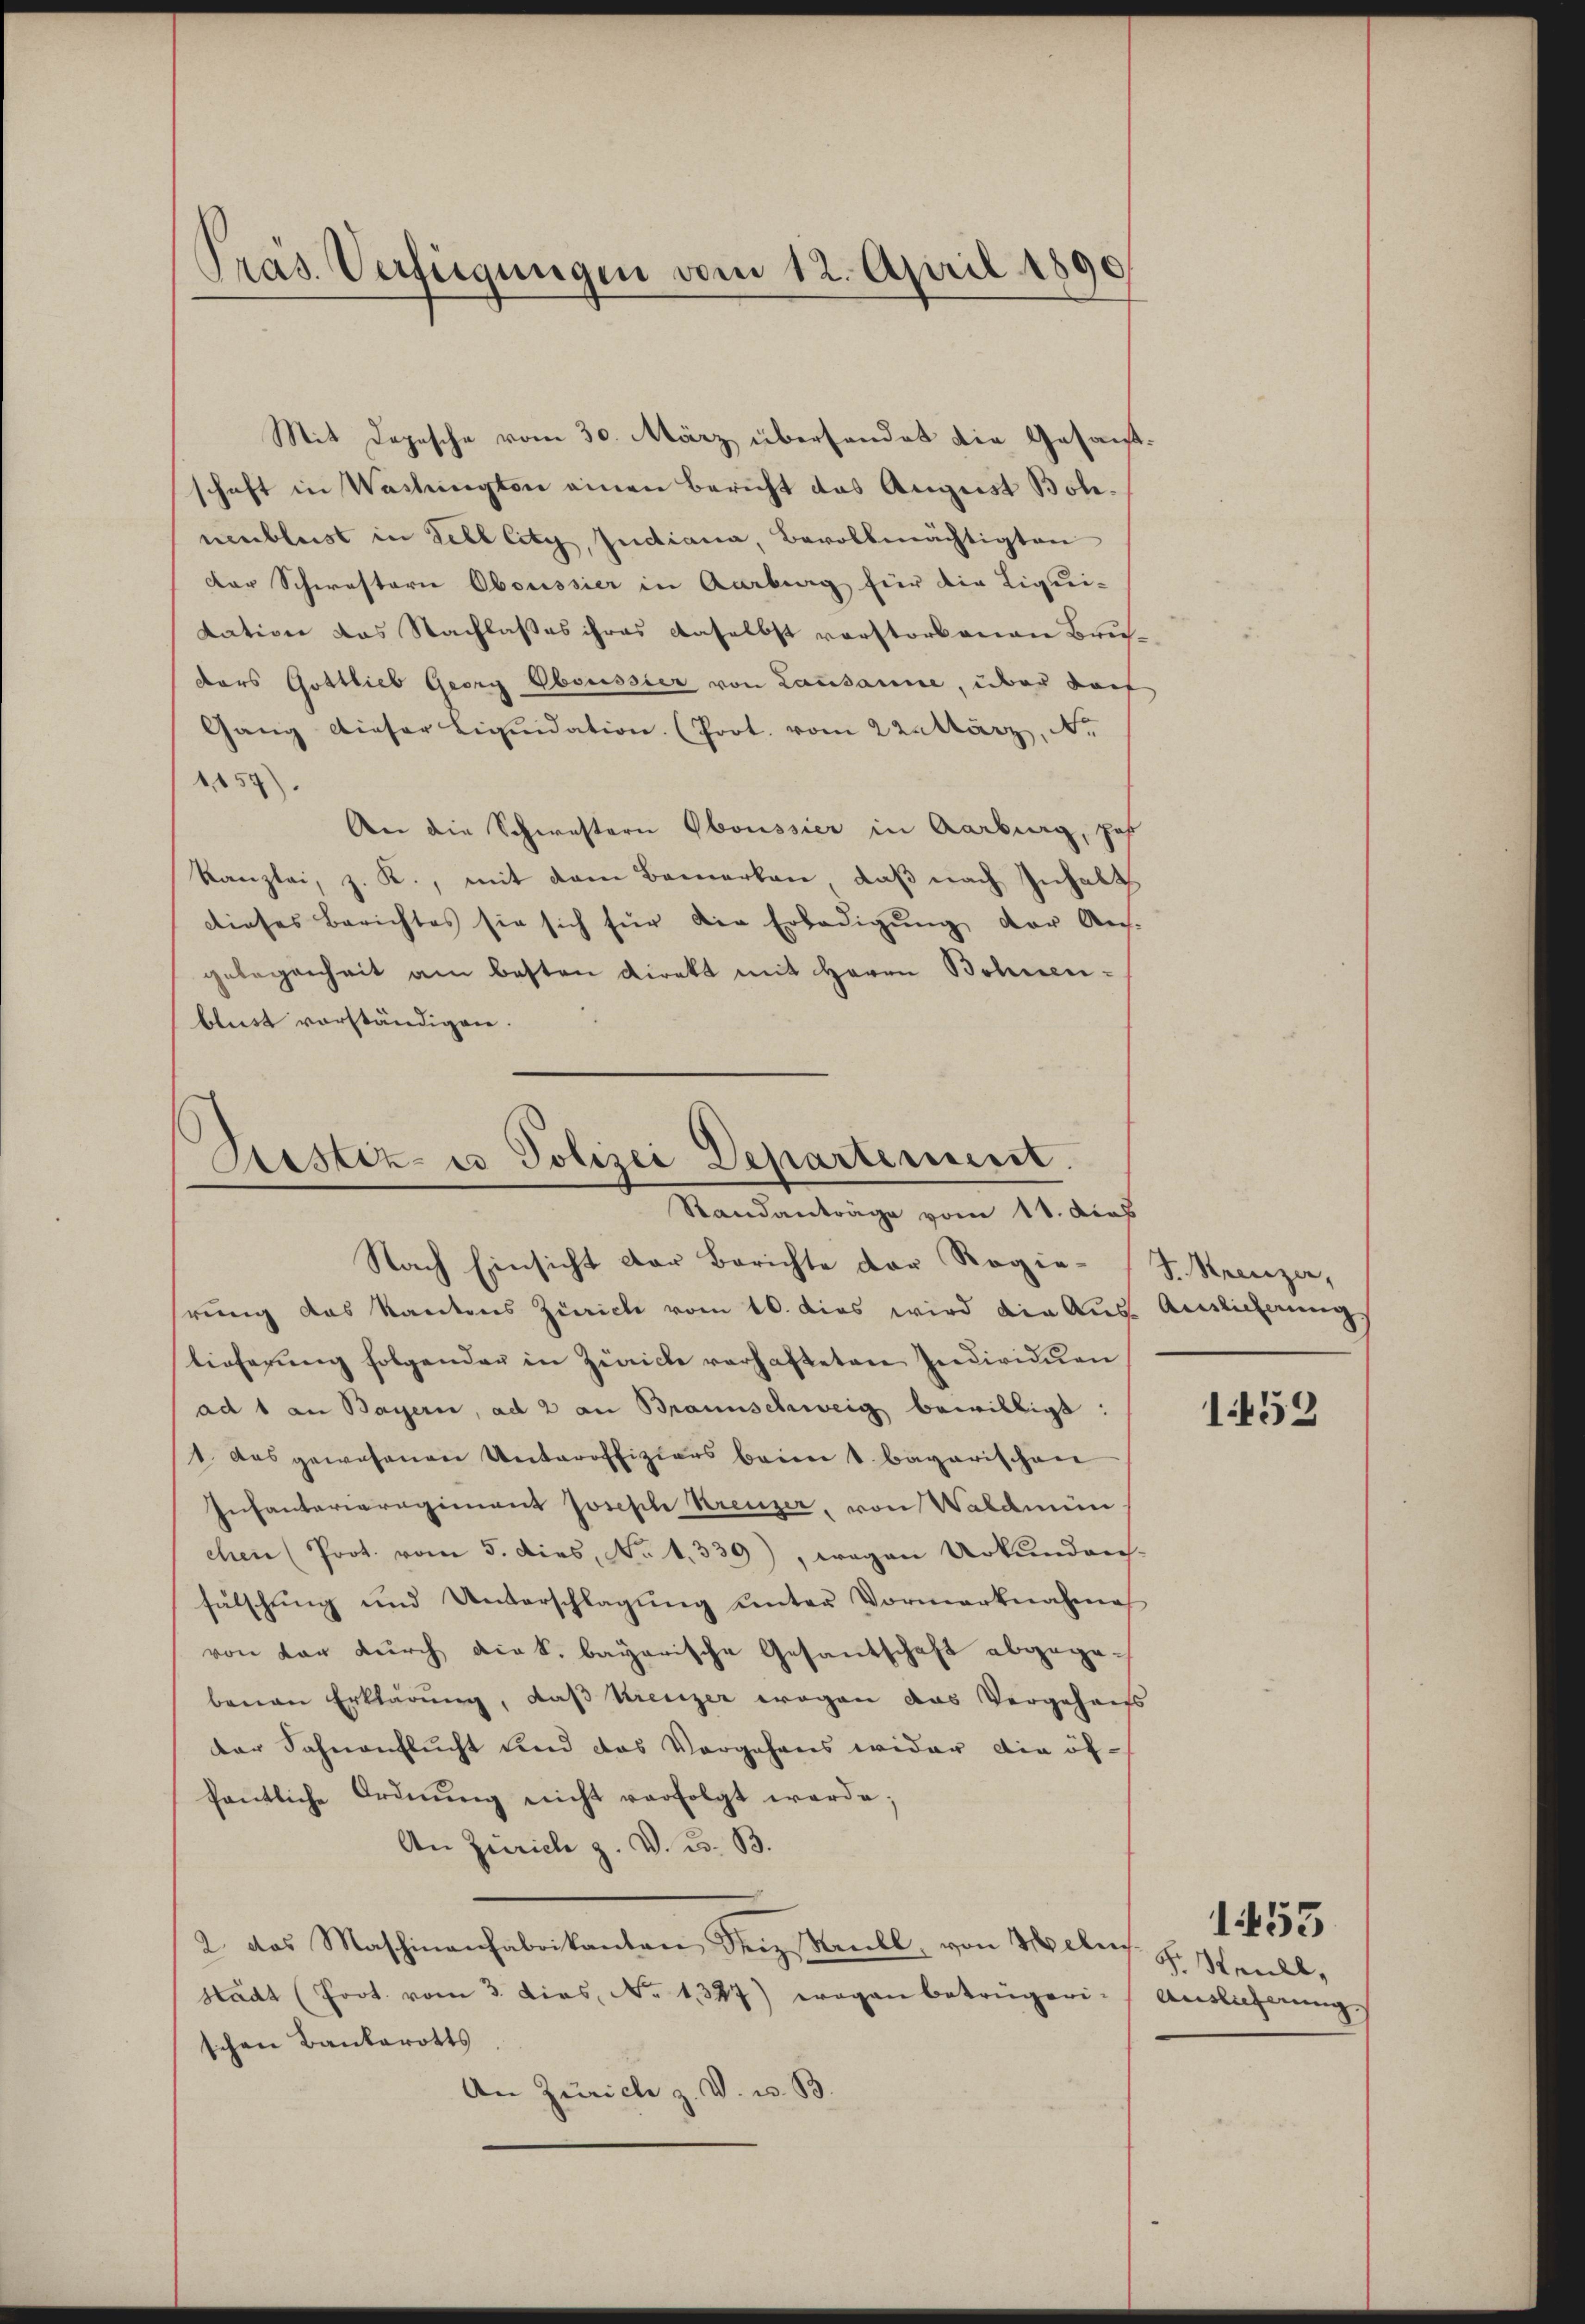
Präs. Verfügungen vom 12. April 1890

Mit Depesche vom 30. März übersendet die Gesandtschaft in Washington einen Bericht das August Boh-
nenbleist in Zell City, Judiana, Bevollmächtigten
Der Schwestern Oboussier in Aarberg für die Liquidation das Nachlaßes ihres daselbst vorstorbenen Bru
ders Gottlieb Georg Oboussier von Lausanne, über darf
Gang dieser Liquidation (Prot. vom 22. März, Nr
1157).
An die Schwestern Oboussier in Aarburg, Joh.
Kanzlei, z. K., mit dem Bemerken, daß nach Inhalt
dieses Berichtes sie sich für die Erledigŭng der Aus-
gelegenheit am besten Direkt mit Herrn Bohnen-
blust vorständigen.

Bestiz- u Polizei Departement.
Standanträge vom 11. das
Nach Einsicht der Berichte der Regie-S. Recenzen,

hrung das Kantons Zürich vom 10. dies wird die Aus- Auslicherungs
lieferung folgenden in Zürich verhafteten Individuen
ad 1 an Bayern, ad 2 an Braunschweig bewilligt:
1. das gewesenen Unteroffiziars beim 1. Bavarischen
Infanterieregiment Joseph Kreuzer, von Waldmünchen (Prot. vom 5. dies, No 1339), wegen Urkundans-
fälschŭng und Unterschlagŭng ŭnter Vormerknahme
von der durch die k. bayerische Gesandschaft abgegebenen Erklärung, daß Kreuzer wegen das Vergeheiss
der Sahnenflucht und das Vorgehens wider die öffentliche Ordnŭng nicht verfolgt werde;
An Zürich z. V. D. B.
2. das Maschinanfabrikanton Seiz sanll, von Welis. S. Seidl,
Stadt (Poot. vom 3. dies, No 1327) wegen betrügeri. Auslieferungs
schen Bankerotts
An Zürich z. V. u. B.

1459

1455